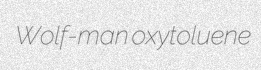
Wolf-man oxytoluene